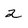
Character: 2